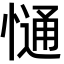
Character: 𢠆